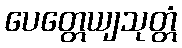
ပေတ္တေယျသုတ္တံ